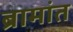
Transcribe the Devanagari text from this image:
ब्रामांत